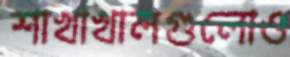
শাখাখালগুলোও